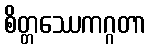
စိတ္တဿေကဂ္ဂတာ